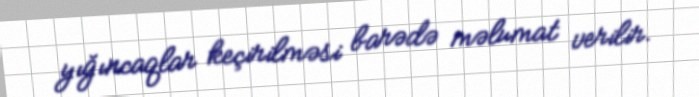
yığıncaqlar keçirilməsi barədə məlumat verilir.